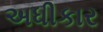
અધીકાર